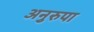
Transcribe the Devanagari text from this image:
अनुरुपा